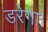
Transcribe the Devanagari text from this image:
डरेगा।